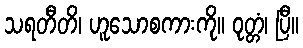
သရတီတိ၊ ဟူသောစကားကို။ ဝုတ္တံ၊ ပြီ။